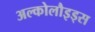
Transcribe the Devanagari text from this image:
अल्कोलौइड्स